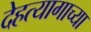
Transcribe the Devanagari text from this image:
देहत्यागाच्या